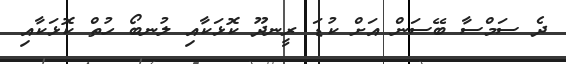
ދެ ސަމްސާ ބޭސަން އަށް ކުޑަ ރީނދޫ ކޮޅަކާއި ލުނބޯ ހުތް ކޮޅަކާއި